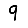
Digit: 9